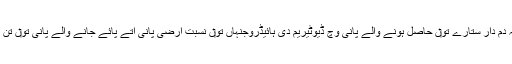
یعنی کہ دم دار ستارے تو‏ں حاصل ہونے والے پانی وچ ڈیوٹیریم دی ہائیڈروجنہاں تو‏ں نسبت ارضی پانی اُتے پائے جانے والے پانی تو‏ں تن گنا سی۔